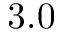
3 . 0